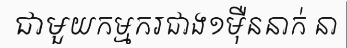
ជាមួយកម្មករជាង១ម៉ឺននាក់ នា